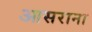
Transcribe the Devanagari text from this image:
आसराना